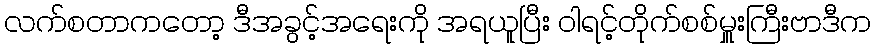
လက်စတာကတော့ ဒီအခွင့်အရေးကို အရယူပြီး ၀ါရင့်တိုက်စစ်မှူးကြီးဗာဒီက